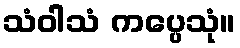
သံဝါသံ ကပ္ပေသုံ။